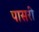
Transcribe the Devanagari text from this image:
पासरी